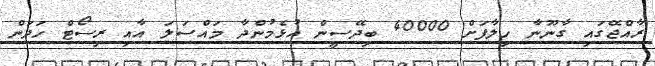
ރާއްޖޭގައި ގާނޫނާ ހިލާފަށް 40000 ބިދޭސީން އުޅެމުންދާ މައްސަލަ އާއި ރިސޯޓް ހަދަން